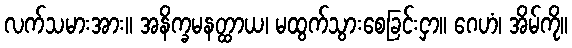
လက်သမားအား။ အနိက္ခမနတ္ထာယ၊ မထွက်သွားစေခြင်းငှာ။ ဂေဟံ၊ အိမ်ကို။